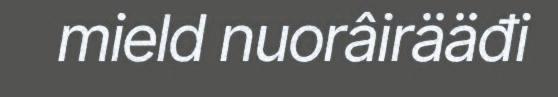
mield nuorâirääđi